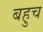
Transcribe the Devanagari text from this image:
बहुच